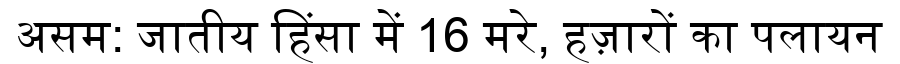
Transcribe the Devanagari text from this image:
असम: जातीय हिंसा में 16 मरे, हज़ारों का पलायन